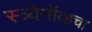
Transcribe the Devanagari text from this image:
स्त्र्येनॉव्हचा